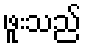
ဖူးသည်